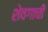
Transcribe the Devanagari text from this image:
शेवगाची